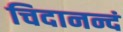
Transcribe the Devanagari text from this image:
चिदानन्दं